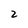
Character: 2